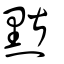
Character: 黮